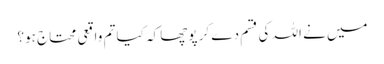
میں نے اللہ کی قسم دے کر پوچھا کہ کیا تم واقعی محتاج ہو؟